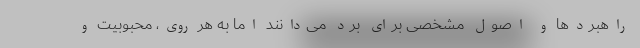
راهبردها و اصول مشخصی برای بُرد می‌دانند اما به هر روی، محبوبیت و